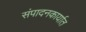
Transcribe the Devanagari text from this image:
संपादनकार्यात